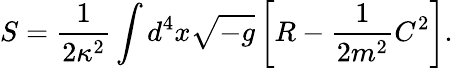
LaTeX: S=\frac{1}{2\kappa^{2}}\int{d^{4}x\sqrt{-g}\left[R-\frac{1}{2m^{2}}C^{2}\right]}.